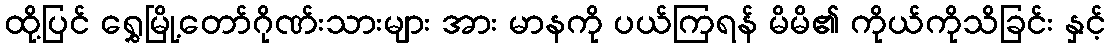
ထို့ပြင် ရွှေမြို့တော်ဂိုဏ်းသားများ အား မာနကို ပယ်ကြရန် မိမိ၏ ကိုယ်ကိုသိခြင်း နှင့်